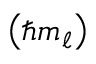
\left( \hbar m _ { \ell } \right)